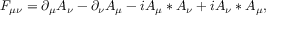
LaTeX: F _ { \mu \nu } = \partial _ { \mu } A _ { \nu } - \partial _ { \nu } A _ { \mu } - i A _ { \mu } \ast A _ { \nu } + i A _ { \nu } \ast A _ { \mu } ,